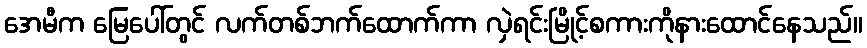
အေမီက မြေပေါ်တွင် လက်တစ်ဘက်ထောက်ကာ လှဲရင်းမြိုင့်စကားကိုနားထောင်နေသည်။